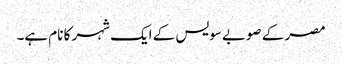
مصر کے صوبے سویس کے ایک شہر کا نام ہے۔